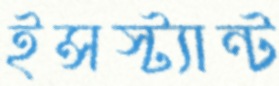
ইন্সস্ট্যান্ট